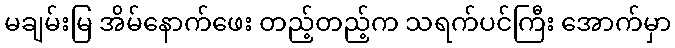
မချမ်းမြ အိမ်နောက်ဖေး တည့်တည့်က သရက်ပင်ကြီး အောက်မှာ